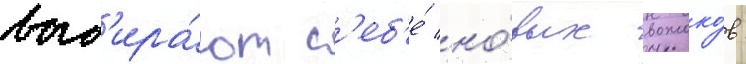
выб'ира́ют с'еб'е́ но́вых вожако́в: